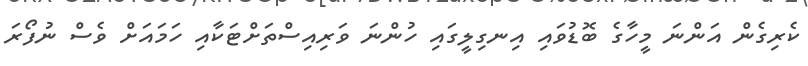
ކެރިގެން އަންނަ މީހާގެ ބޮޑުވައި އިނގިލީގައި ހުންނަ ވަރިއިސްތަށްޓަކާއި ހަމައަށް ވެސް ނުފޯރަ